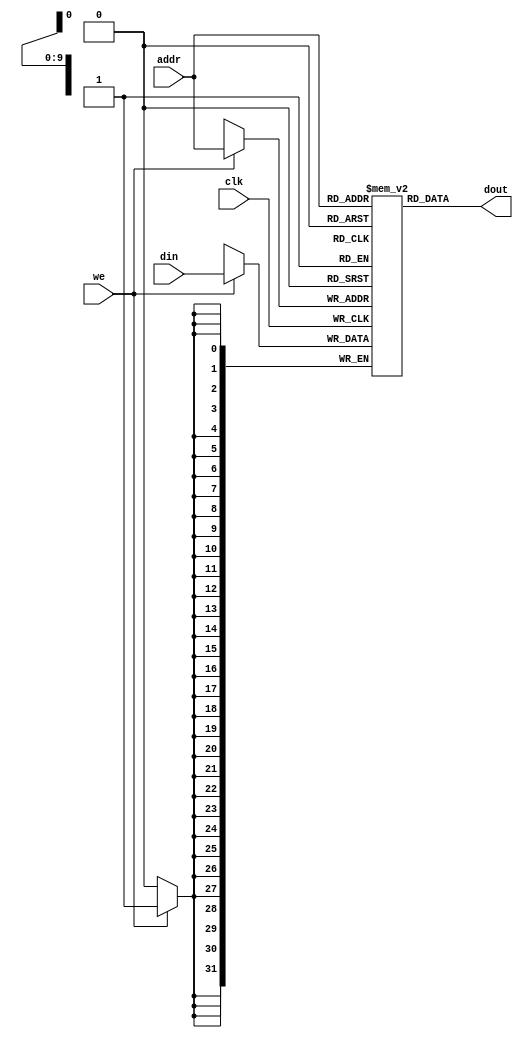
//--------------------------------------------------------------------------------------------------
//
// Title : DM
// 
//-------------------------------------------------------------------------------------------------
module dm_4k (addr,din,we,clk,dout );
    input [11:2]  addr;            // address bus
    input [31:0]  din;             // 32-bit input data
    input         we;                     //memory write enable
    input         clk;                     // clock
    output [31:0] dout;            // 32-bit memory output
    reg[31:0]  dm[1023:0];
    
    assign dout = dm[addr];
    
    always@( posedge clk )
       if(we)
       begin
               dm[addr]        <= din;
       end
          
endmodule